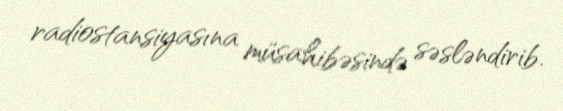
radiostansiyasına müsahibəsində səsləndirib.